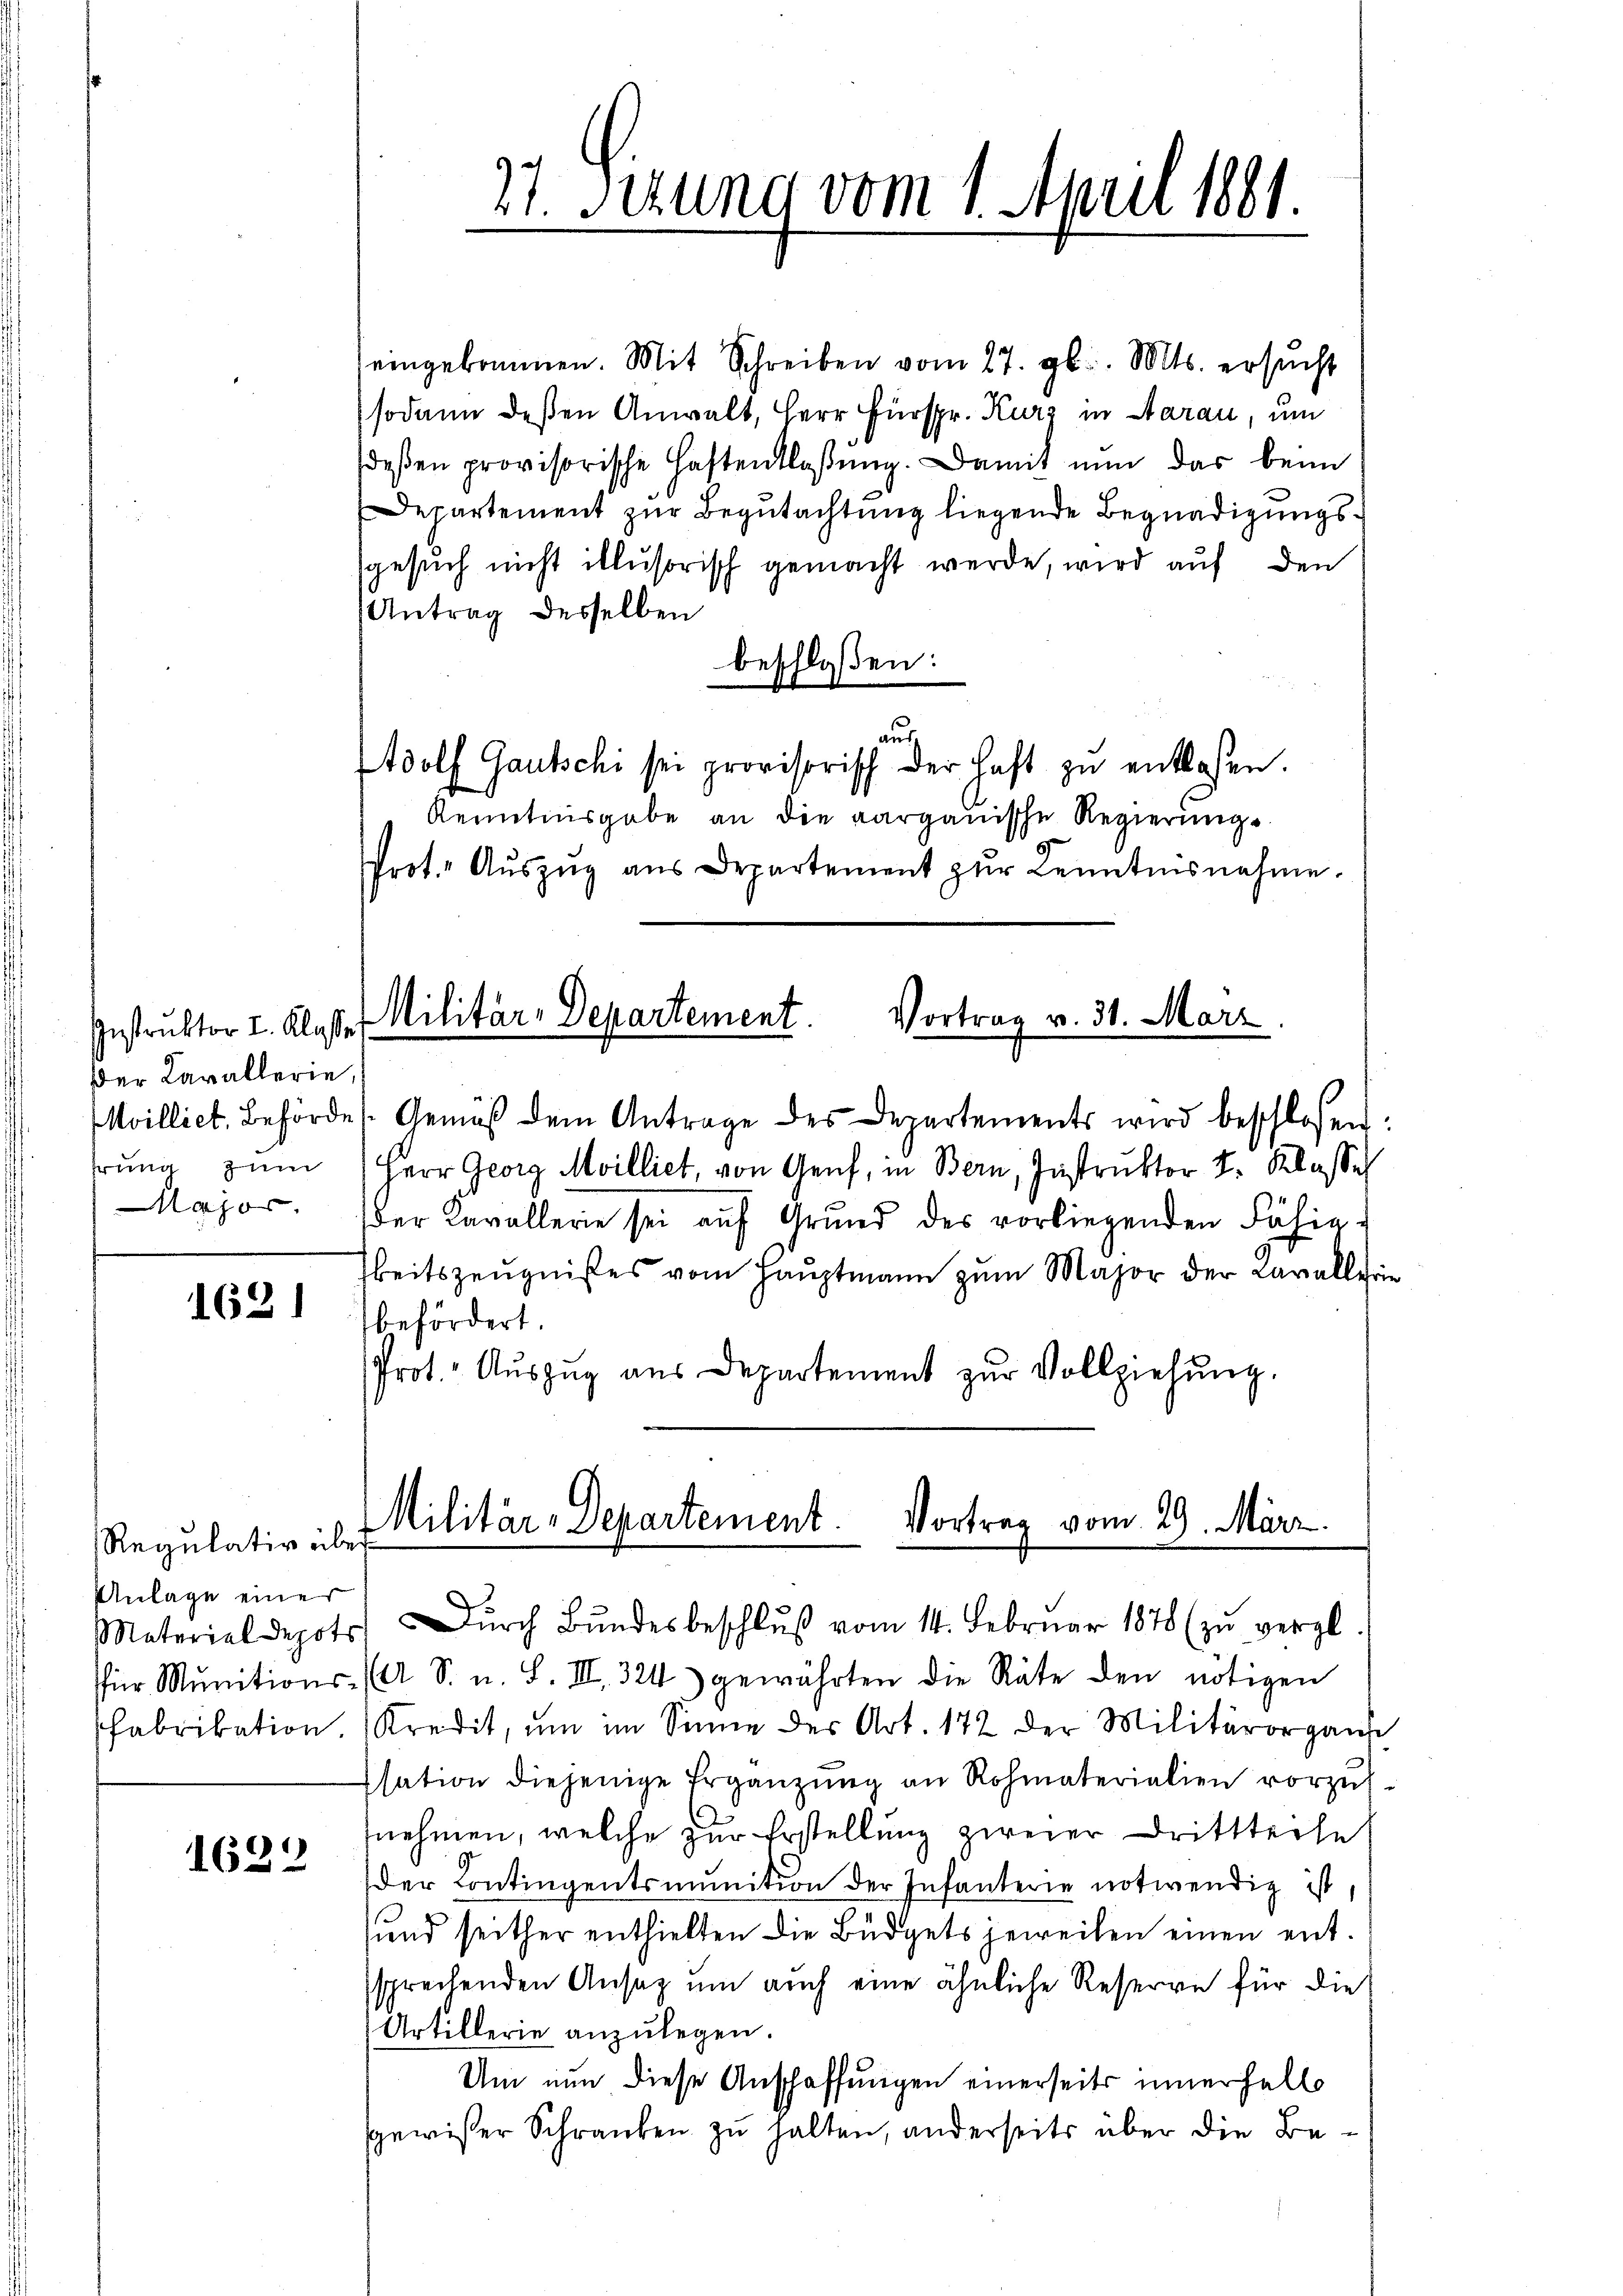
Instruktor I. Klasse
der Cavallerie,
hrung zum
Major

1621

1622

Regulativ über
Anlage einer

27. Setzung vom 1. April 1881.

eingekommen. Mit Schreiben vom 27. gl. Mts. ersŭcht
sodann deßen Anwalt, Herr Fürspr. Kurz in Aarau, um
deβen provisorische Haftentlassŭng. Damit nun das beim
Departement zur Begutachtung liegende Begnadigungssgesuch nicht illusorisch gemacht werde, wird auf den
Antrag desselben
beschloßen:
auf
Adolf Gautschi sei provisorisch der haft zŭ entlassen.
Kenntnisgabe an die aargauische Regierungs¬
Prot. Aŭszŭg aŭs Departement zŭr Kenntnisnahme.
Militär-Departement. Vortrag v. 31. März
Mvilliet, Behörde (Gemäß dem Antrage des Departements wird beschlossen
Herr Georg Milliet, von Genf, in Bern, Instruktor 2. Klasse
der Kavallerie sei aŭf Grund des vorliegenden Fähig
beitszeŭgnißes vom Haŭptmann zum Major der Kavalle
befördert.
Prot. Aŭszŭg aŭs Departement zŭr Vollziehŭng.

Militär-Departement. Vortrag vom 29. März.
Material depots Dŭrch Bŭndesbeschlŭβ vom 14. Febrŭar 1878 (zŭ vergl

sfür Munitions- (A S. u. S. III. 324) gewährten die Räte den nötigen
fabrikation Kredit, ŭm im Sinne der Art. 172 der Militärorgans
ssation diejenige Ergänzung an Rohmaterialien vorzunehmen, welche zur Erstellung zweier Drittteche
Der Contingentsmunition der Infanterie notwendig ist,
sund seither enthielten die Büdgets jeweilen einen entssprechenden Ansatz um auch eine ähnliche Reserve für die
Artillerie anzulegen.
Um nun diese Anschaffungen einerseits innerhalt
sgewisser Schranken zu halten, anderseits über die Be¬